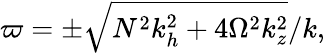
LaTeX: \varpi=\pm\sqrt{N^{2}k_{h}^{2}+4\Omega^{2}k_{z}^{2}}/k,